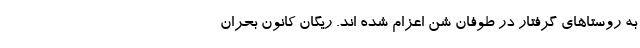
به روستا‌های گرفتار در طوفان شن اعزام شده اند. ریگان کانون بحران